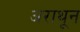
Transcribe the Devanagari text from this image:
अराथून